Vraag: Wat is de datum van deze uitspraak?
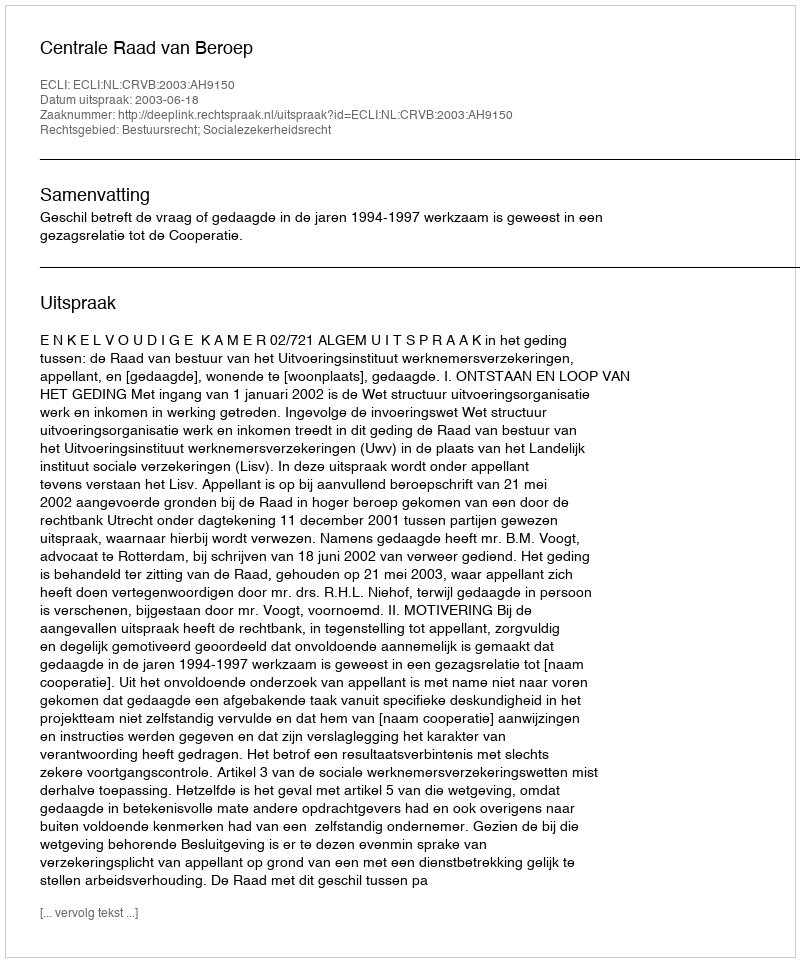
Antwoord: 2003-06-18